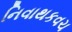
નિવાથકવચ